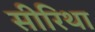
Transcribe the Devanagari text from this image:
सीरिथा